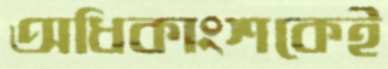
অধিকাংশকেই